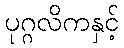
ပုဂ္ဂလိကနှင့်